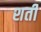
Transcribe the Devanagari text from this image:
शर्ती